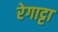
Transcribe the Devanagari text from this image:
रेगाट्टा